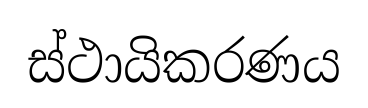
ස්ථායිකරණය